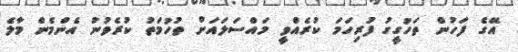
އޭގެ ފަހުން ތަހުގީގު ފުރިހަމަ ކުރެއްވީ މައްސަލައަށް ތުހުމަތު ކުރެވުނު އެންމެން މާލެ